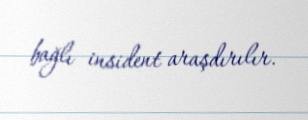
bağlı insident araşdırılır.